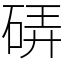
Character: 硦